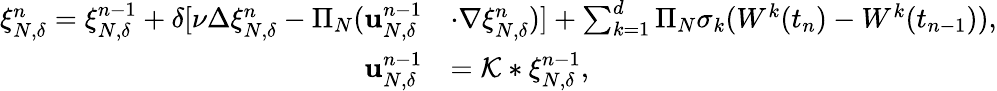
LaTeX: \begin{array}{rl}{\xi_{N,\delta}^{n}=\xi_{N,\delta}^{n-1}+\delta[\nu\Delta\xi_{N,\delta}^{n}-\Pi_{N}(\mathbf{u}_{N,\delta}^{n-1}}&{\cdot\nabla\xi_{N,\delta}^{n})]+\sum_{k=1}^{d}\Pi_{N}\sigma_{k}(W^{k}(t_{n})-W^{k}(t_{n-1})),}\\ {\mathbf{u}_{N,\delta}^{n-1}}&{=\mathcal{K}\ast\xi_{N,\delta}^{n-1},}\end{array}